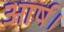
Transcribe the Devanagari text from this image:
आर्ष।